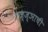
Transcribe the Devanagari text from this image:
तज्ज्ञाची